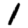
Digit: 1